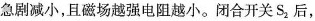
急剧减小，且磁场越强电阻越小。闭合开关 S_{2} 后，